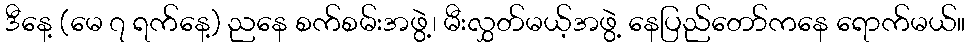
ဒီနေ့ (မေ ၇ ရက်နေ့) ညနေ စက်စမ်းအဖွဲ့၊ မီးလွှတ်မယ့်အဖွဲ့ နေပြည်တော်ကနေ ရောက်မယ်။